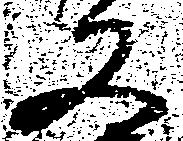
又